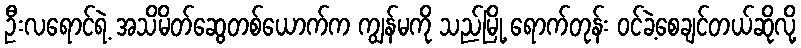
ဦးလရောင်ရဲ့ အသိမိတ်ဆွေတစ်ယောက်က ကျွန်မကို သည်မြို့ ရောက်တုန်း ဝင်ခဲ့စေချင်တယ်ဆိုလို့